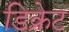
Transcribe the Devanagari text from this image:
डिक्रेट